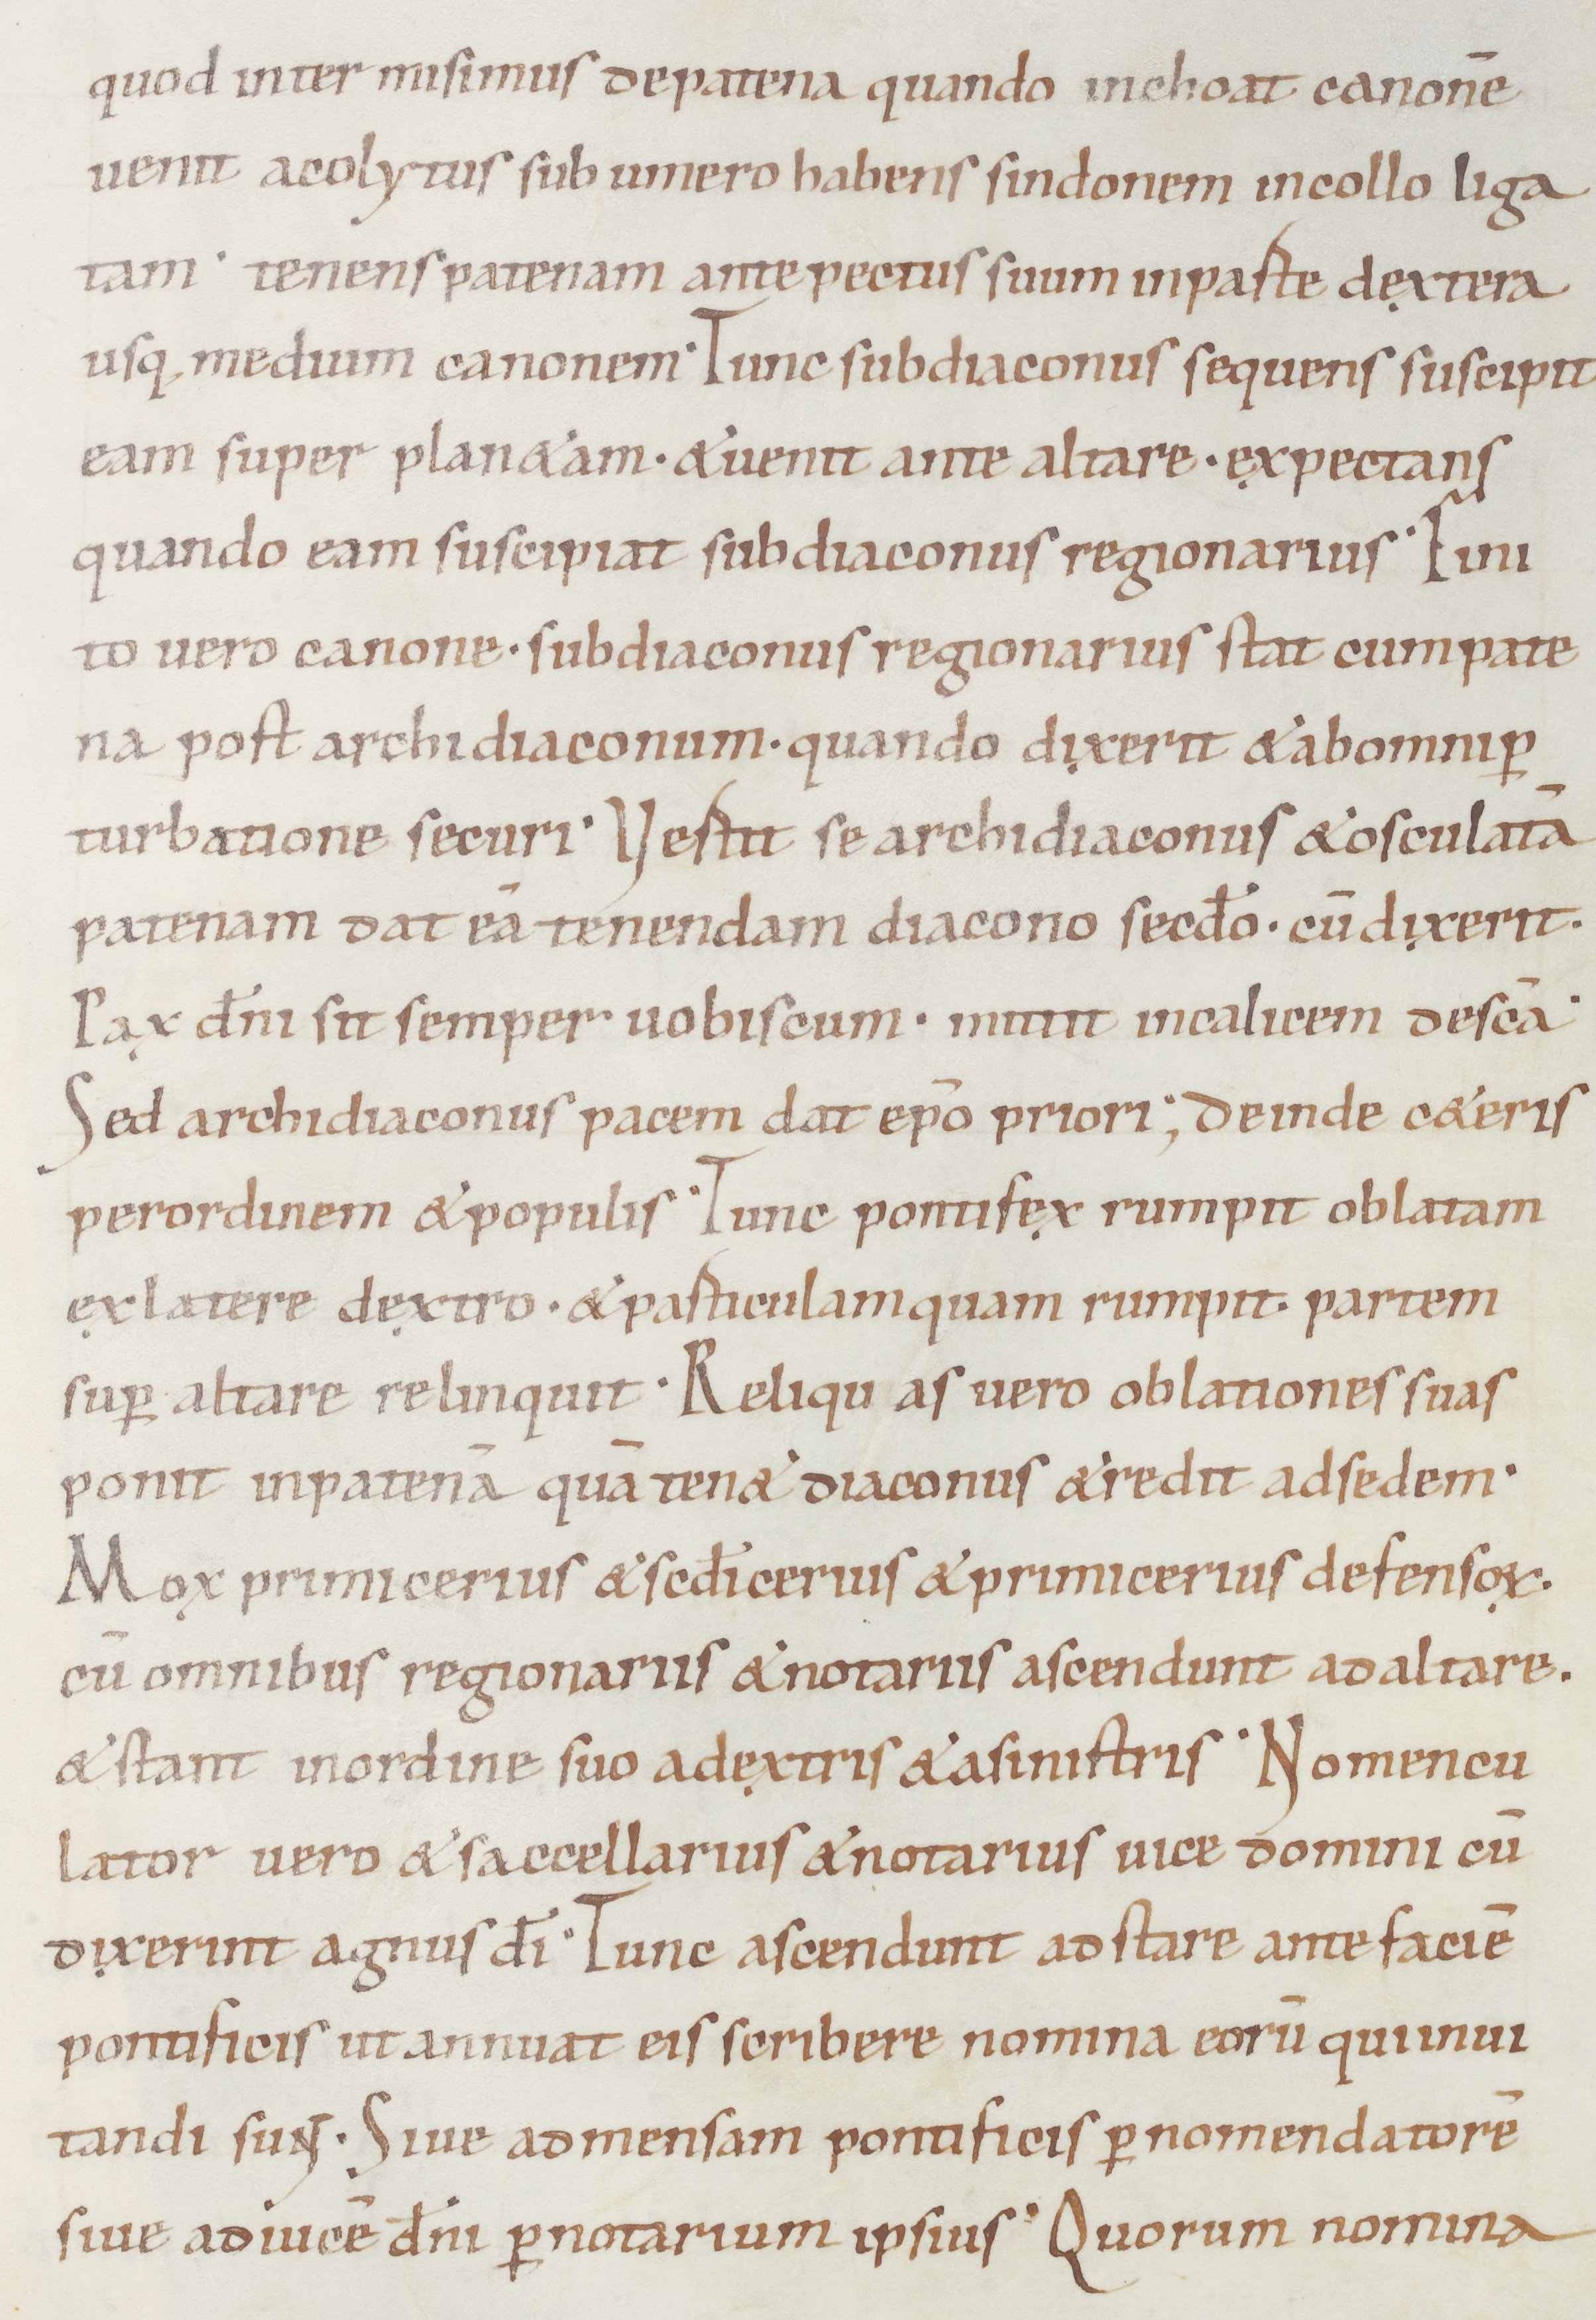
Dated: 1050–1099